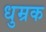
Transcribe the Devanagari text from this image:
धुम्रक